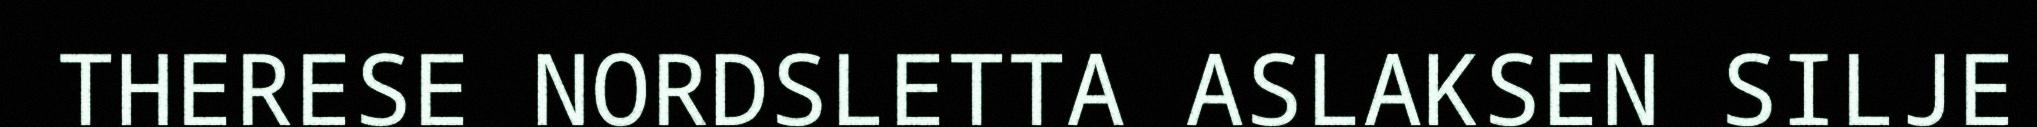
THERESE NORDSLETTA ASLAKSEN SILJE